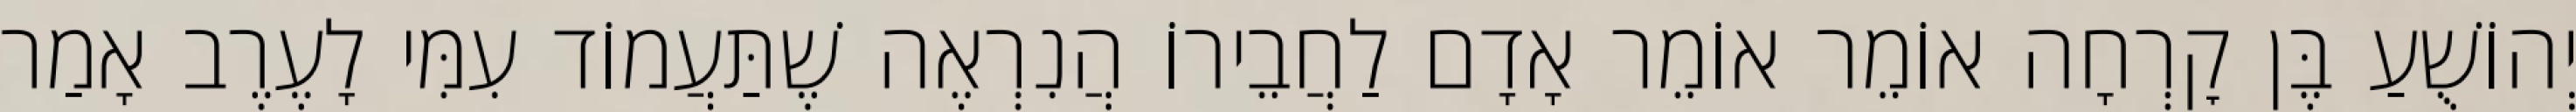
יְהוֹשֻׁעַ בֶּן קׇרְחָה אוֹמֵר אוֹמֵר אָדָם לַחֲבֵירוֹ הֲנִרְאֶה שֶׁתַּעֲמוֹד עִמִּי לָעֶרֶב אָמַר